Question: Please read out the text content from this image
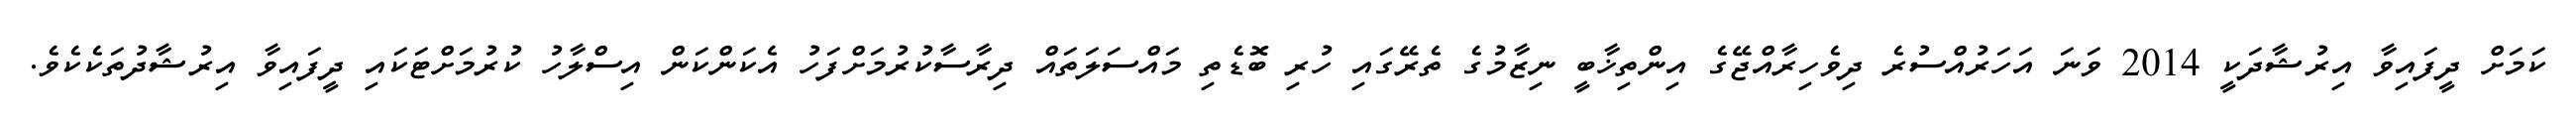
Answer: ކަމަށް ދީފައިވާ އިރުޝާދަކީ 2014 ވަނަ އަހަރުއްސުރެ ދިވެހިރާއްޖޭގެ އިންތިޚާބީ ނިޒާމުގެ ތެރޭގައި ހުރި ބޮޑެތި މައްސަލަތައް ދިރާސާކުރުމަށްފަހު އެކަންކަން އިސްލާހު ކުރުމަށްޓަކައި ދީފައިވާ އިރުޝާދުތަކެކެވެ.